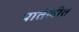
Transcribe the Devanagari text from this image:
पातेलीत